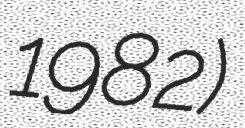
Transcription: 1982)